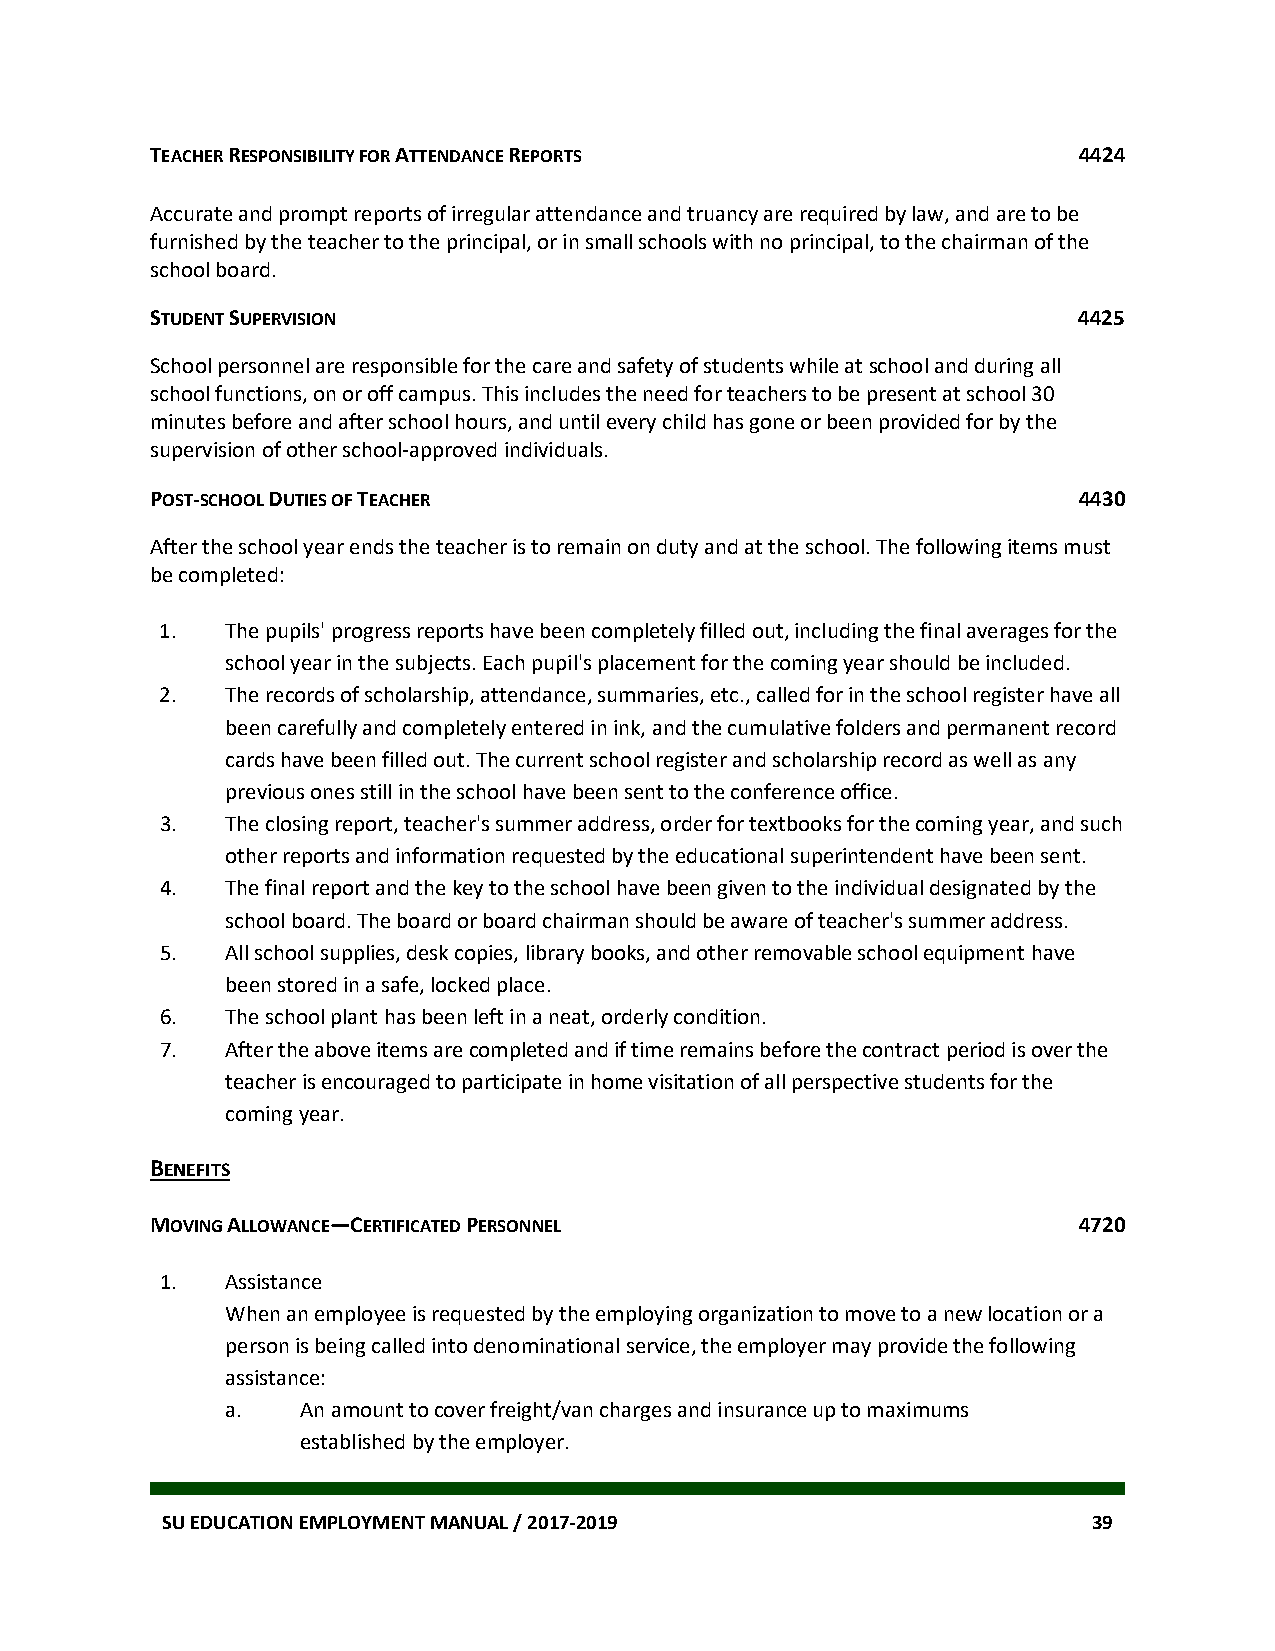
TEACHER RESPONSIBILITY FOR ATTENDANCE REPORTS                4424
 Accurate and prompt reports of irregular attendance and truancy are required by law, and are to be
 furnished by the teacher to the principal, or in small schools with no principal, to the chairman of the
 school board.
 STUDENT SUPERVISION                                          4425
 School personnel are responsible for the care and safety of students while at school and during all
 school functions, on or off campus. This includes the need for teachers to be present at school 30
 minutes before and after school hours, and until every child has gone or been provided for by the
 supervision of other school-approved individuals.
 POST-SCHOOL DUTIES OF TEACHER                                4430
 After the school year ends the teacher is to remain on duty and at the school. The following items must
 be completed:
 1.  The pupils' progress reports have been completely filled out, including the final averages for the
 school year in the subjects. Each pupil's placement for the coming year should be included.
 2.  The records of scholarship, attendance, summaries, etc., called for in the school register have all
 been carefully and completely entered in ink, and the cumulative folders and permanent record
 cards have been filled out. The current school register and scholarship record as well as any
 previous ones still in the school have been sent to the conference office.
 3.  The closing report, teacher's summer address, order for textbooks for the coming year, and such
 other reports and information requested by the educational superintendent have been sent.
 4.  The final report and the key to the school have been given to the individual designated by the
 school board. The board or board chairman should be aware of teacher's summer address.
 5.  All school supplies, desk copies, library books, and other removable school equipment have
 been stored in a safe, locked place.
 6.  The school plant has been left in a neat, orderly condition.
 7.  After the above items are completed and if time remains before the contract period is over the
 teacher is encouraged to participate in home visitation of all perspective students for the
 coming year.
 BENEFITS
 MOVING ALLOWANCE—CERTIFICATED PERSONNEL                      4720
 1.  Assistance
 When an employee is requested by the employing organization to move to a new location or a
 person is being called into denominational service, the employer may provide the following
 assistance:
 a.   An amount to cover freight/van charges and insurance up to maximums
 established by the employer.
 SU EDUCATION EMPLOYMENT MANUAL / 2017-2019                   39